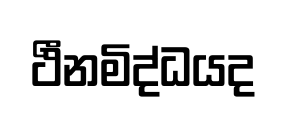
ථීනමිද්ධයද